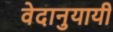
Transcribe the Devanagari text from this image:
वेदानुयायी